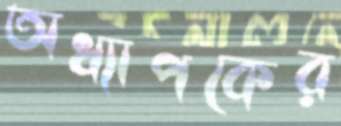
অধ্যাপকের